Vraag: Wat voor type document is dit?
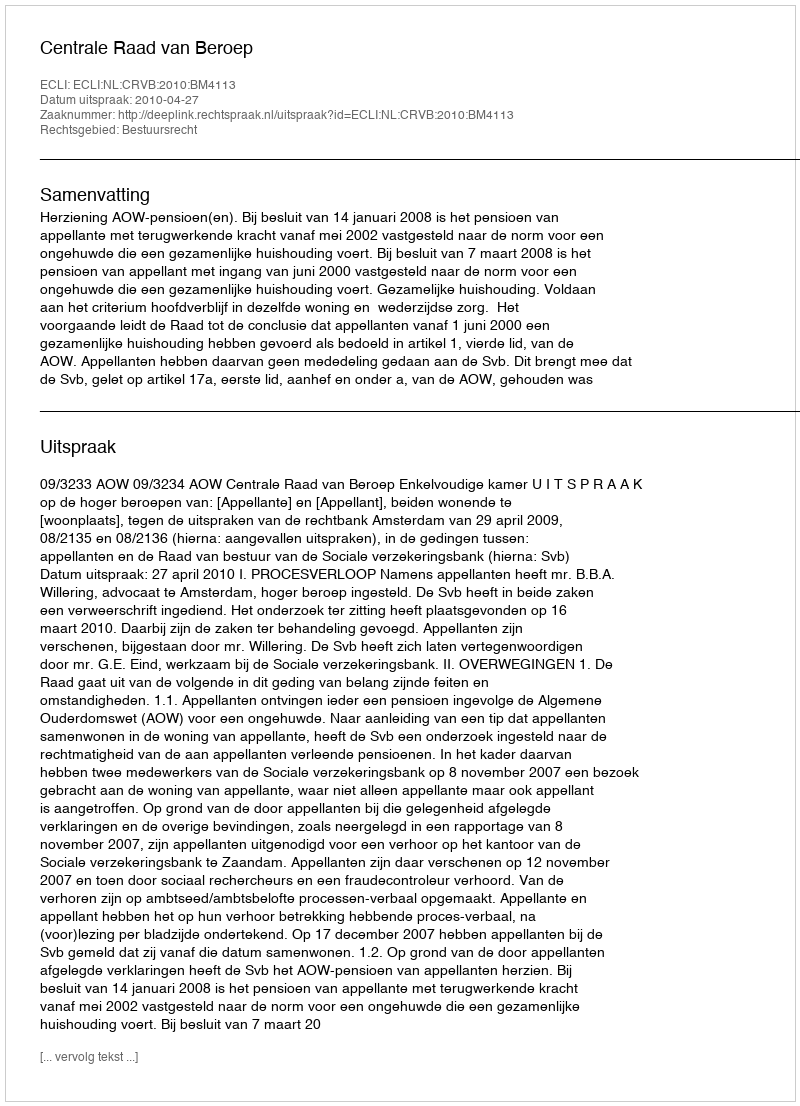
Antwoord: Uitspraak